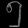
Digit: ၅